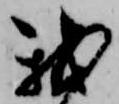
我